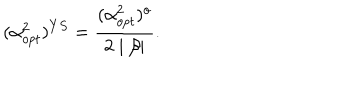
LaTeX: ( \alpha _ { o p t } ^ { 2 } ) ^ { Y S } = \frac { ( \alpha _ { o p t } ^ { 2 } ) ^ { o } } { 2 \mid \beta \mid } .